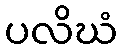
ပလိဃံ